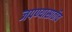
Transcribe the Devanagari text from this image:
जपण्यासाठीच